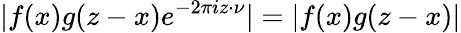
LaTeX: |f(x)g(z-x)e^{-2\pi iz\cdot\nu}|=|f(x)g(z-x)|